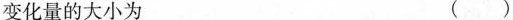
变化量的大小为（）